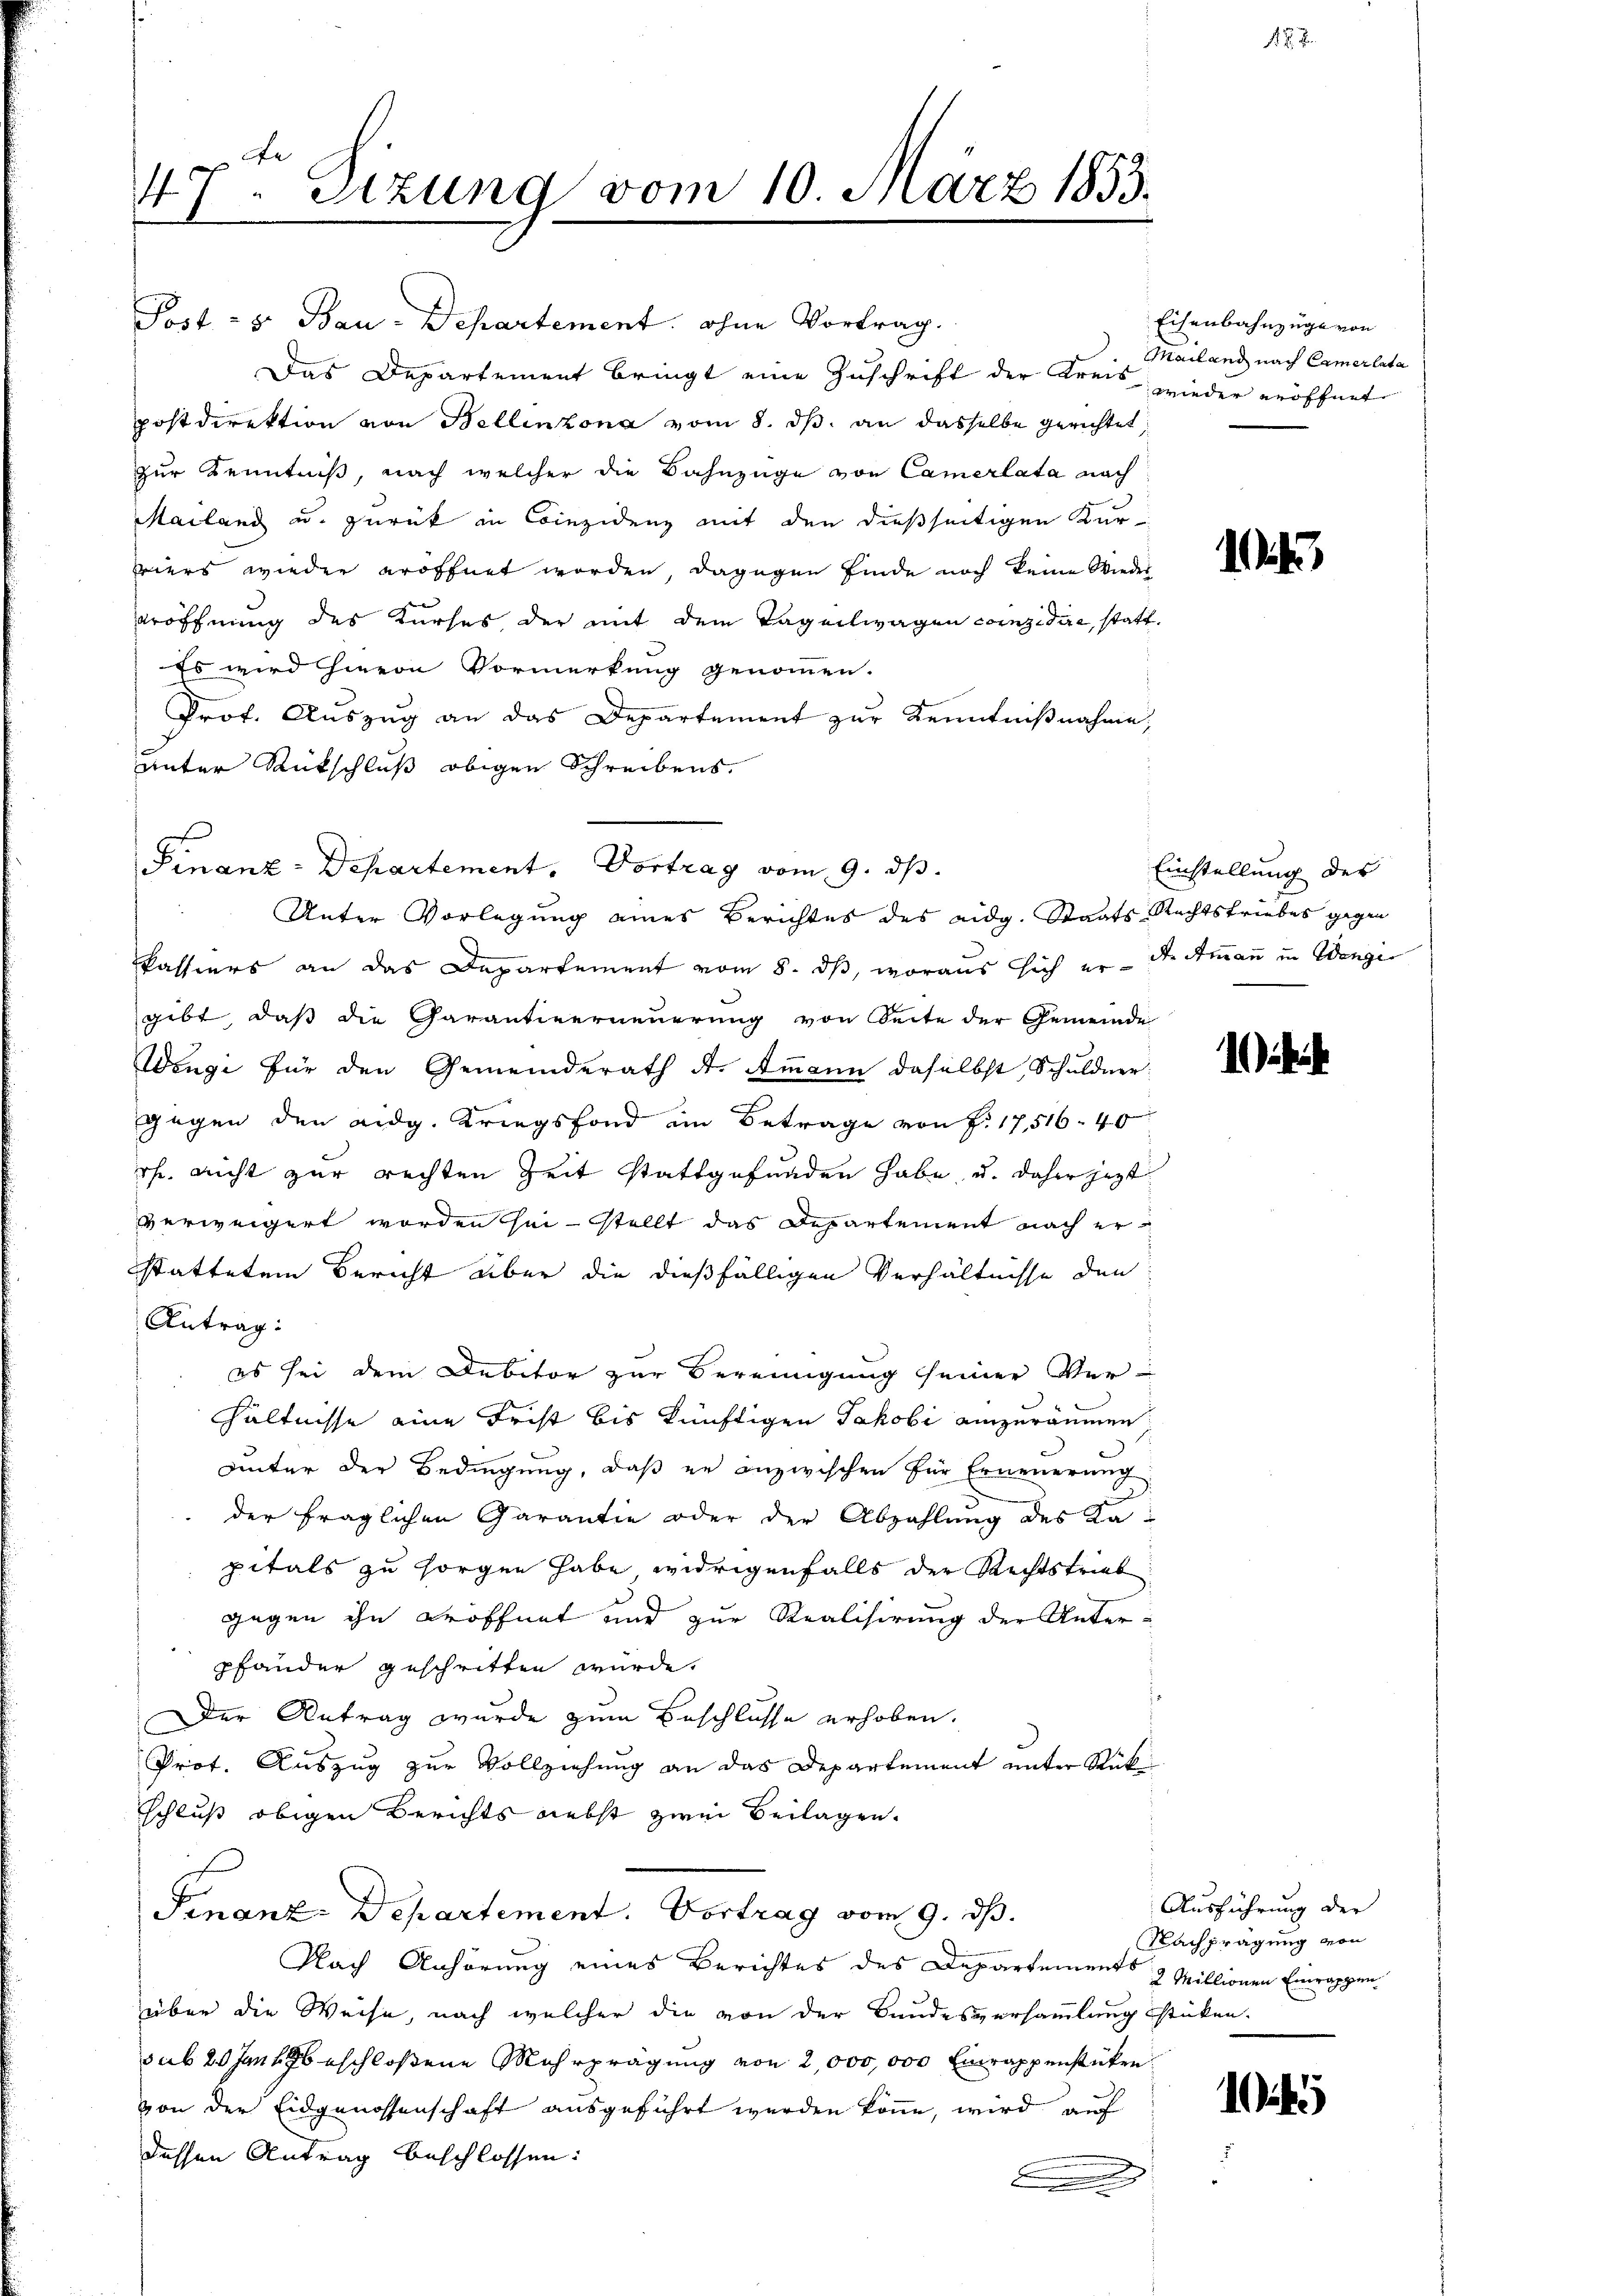
47. Sitzung vom 10. März 1855.

Post - 5. Bau-Departement, ohne Vortrag.
Das Departement bringt eine Zuschrift der Kreis
postdirektion von Bellinzona vom 8. ds. an dasselbe gerichtet,
zur Kenntniß, nach welcher die Bahnzüge von Camerlata nach
Mailand u. zurück in Considenz mit den dießseitigen Kurviers wieder eröffnet worden, dagegen finde noch keine Wieder
eröffnung des Kurses der mit dem Tagenwagen conzidire, statt.
Es wird hievon Vormerkung genommen.
Prof. Auszug an das Departement zur Kenntnißnahme,
unter Rückschluß obigen Schreibens
kassiers an das Departement vom 8. ds, woraus sich er die Ammann in Wange
gibt, daß die Garantierneuerung von Seite der Gemeinde
Wengi für den Gemeinderath A. Ammann daselbst, Schuldner.
gegen den eidg. Kriegsfond im Betrage von J. 17,516. 40
ihr, nicht zur rechten Zeit stattgefunden habe, u. daher jetzt
verweigert worden sei stellt das Departement nach erstattetem Bericht aber die dießfälligen Verhältnisse den
Antrag:
es sei dem Debitor zur Vereinigung seiner Ver-
hältnisse eine Frist bis künftigen Jakobi einzuräumen
unter der Bedingung, daß er inzwischen für Erneuerung
der fraglichen Garantie oder der Abzahlung des Kapitals zu sorgen habe, widrigenfalls der Rechtstrieb
gegen ihn eröffnet und zur Realisirung der Unter-
pfänder geschritten würde.
Der Antrag wurde zum Beschlusse erhoben.
Prot. Auszug zur Vollziehung an das Departement unter Rück
schluß obigen Berichts nebst zwei Beilagen.
Finanz-Departement. Vortrag vom 9. ds.
Nach Anhörung eines Berichtes des Departements 2 Millionen Einrappenüber die Weise, nach welcher die von der Bundesversammlung stücken.
sub 20 Jantz beschloßene Mehrprägung von 2,000 000 Einrappenstücken
von der Eidgenossenschaft ausgeführt werden könne, wird auf
dessen Antrag beschlossen:

Finanz-Departement. Vortrag vom 9. ds.
Unter Vorlegung eines Berichtes des eidg. Staats-Rechtstriebes gegen

Eisenbahnzüge von
Mailand nach Camerlata
wieder eröffnet

4

Einstellung der

i

Ausführung der
Nachprägung von

1 x

1